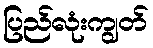
ပြည်လုံးကျွတ်